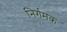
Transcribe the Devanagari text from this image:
निर्गमक